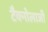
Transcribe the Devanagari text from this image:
टैक्नोलाजी